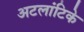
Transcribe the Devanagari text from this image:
अटलांटिके